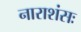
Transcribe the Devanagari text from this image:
नाराशंसः